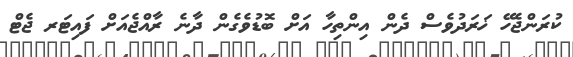
ކުރަންޖެހޭ ޚަރަދުވެސް ދެން އިންތިހާ އަށް ބޮޑުވެގެން ދާނެ ރާއްޖެއަށް ފައިޓަރ ޖެޓް